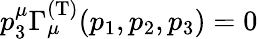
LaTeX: p_{3}^{\mu}\Gamma_{\mu}^{(\mathrm{T})}(p_{1},p_{2},p_{3})=0